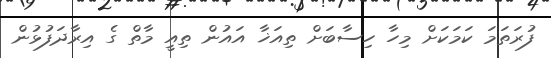
ފުރަތަމަ ކަމަކަށް މިހާ ހިސާބަށް ތިއަޚާ އައުން ތިއީ މާތް ގެ އިރާދަފުޅުން